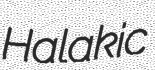
Halakic